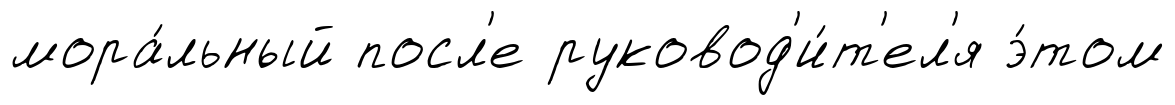
мора́льный посл'е руковод'и́т'ел'я э́том